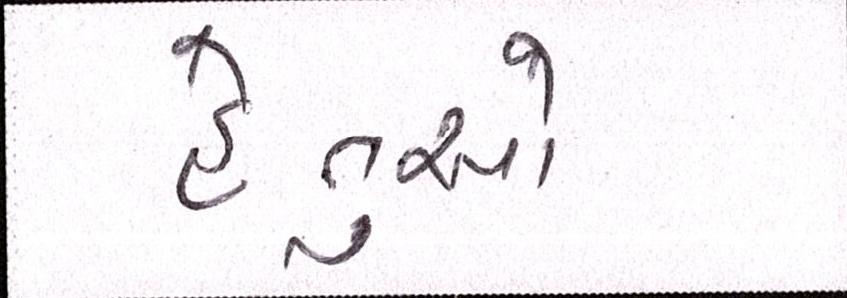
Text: હેતુઓ